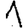
Digit: 1